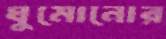
ঘুমোনোর